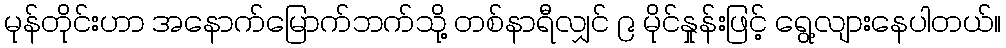
မုန်တိုင်းဟာ အနောက်မြောက်ဘက်သို့ တစ်နာရီလျှင် ၉ မိုင်နှုန်းဖြင့် ရွေ့လျားနေပါတယ်။